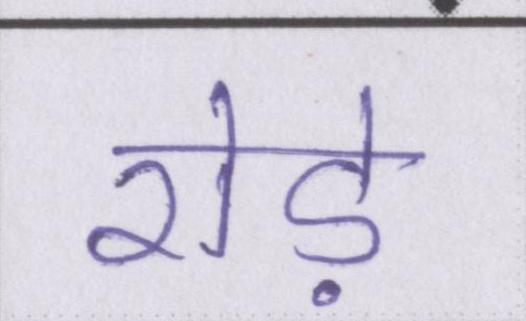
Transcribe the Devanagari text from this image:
रोड़े